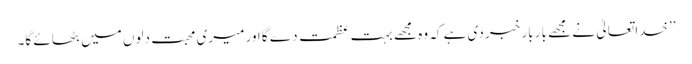
’’خدا تعالیٰ نے مجھے بار بار خبر دی ہے کہ وہ مجھے بہت عظمت دے گا اور میری محبت دلوں میں بٹھائے گا۔